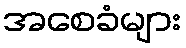
အစေခံများ